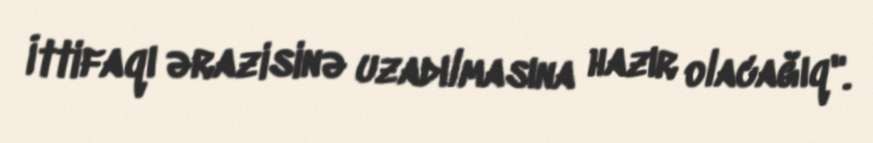
İttifaqı ərazisinə uzadılmasına hazır olacağıq".